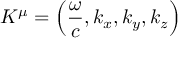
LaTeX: K ^ { \mu } = \left( { \frac { \omega } { c } } , k _ { x } , k _ { y } , k _ { z } \right)